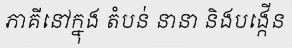
ភាគីនៅក្នុង តំបន់ នានា និងបង្កើន